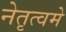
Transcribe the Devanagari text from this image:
नेतृत्वमे